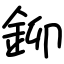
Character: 鉚